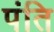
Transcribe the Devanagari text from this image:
पंति